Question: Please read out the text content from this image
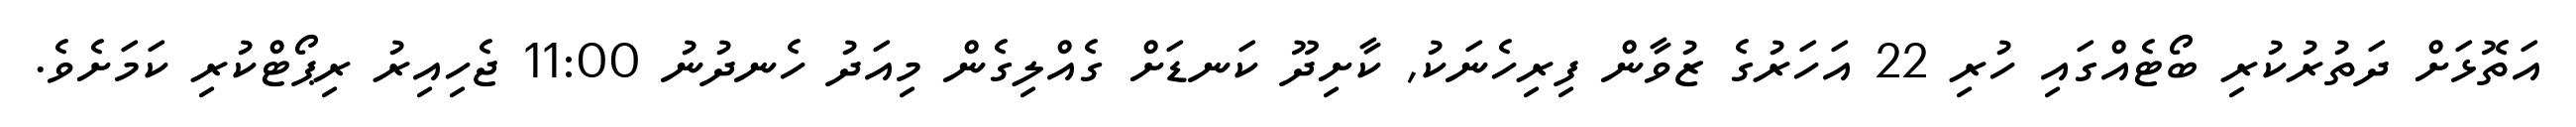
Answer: އަތޮޅަށް ދަތުރުކުރި ބޯޓެއްގައި ހުރި 22 އަހަރުގެ ޒުވާން ފިރިހެނަކު, ކާށިދޫ ކަނޑަށް ގެއްލިގެން މިއަދު ހެނދުނު 11:00 ޖެހިއިރު ރިޕޯޓްކުރި ކަމަށެވެ.